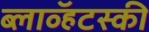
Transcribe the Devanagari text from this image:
ब्लाव्हॅटस्की